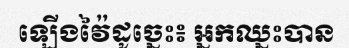
ឡើងវ៉ៃដូច្នេះ៖ អ្នកឈ្នះបាន